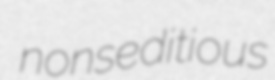
nonseditious